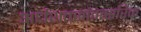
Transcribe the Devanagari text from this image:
अर्धशतसांवत्सरिक